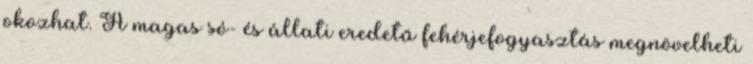
okozhat. A magas só- és állati eredetű fehérjefogyasztás megnövelheti